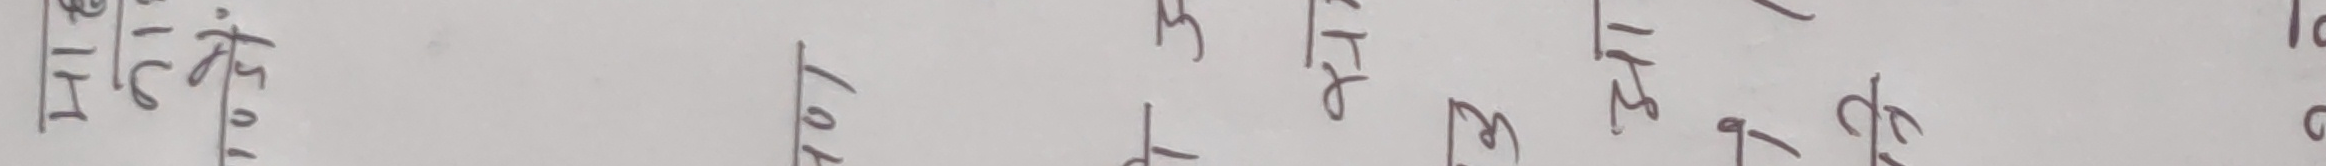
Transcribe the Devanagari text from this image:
१ ० १० ३० ५० ७० ३० ४० ८० ५० ६० ९० १०० २०० १५०